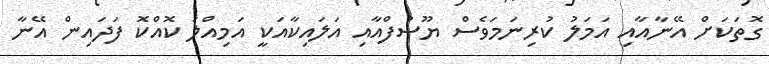
ގޮތަކަށް އޭނާއާއި އަމަލު ކުރިނަމަވެސް ޔޫސުފްއާއި އަލައިކާއަކީ އަމިއްލަ ކޮއްކޮ ފަދައިން އޭނާ